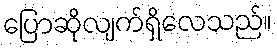
ပြောဆိုလျက်ရှိလေသည်။